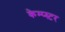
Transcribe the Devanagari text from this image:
केम्प्स्टर